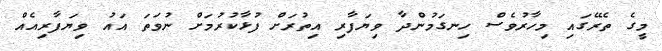
މީގެ ތެރޭގައި މިހާރުވެސް ހިނގަމުންދާ ވިޔަފާރި އިތުރަށް ފުޅާކުރުމަށް ނުވަތަ އައު ވިޔަފާރިއެއް